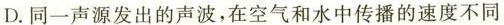
D.同一声源发出的声波，在空气和水中传播的速度不同